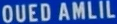
OUEDAMLIL